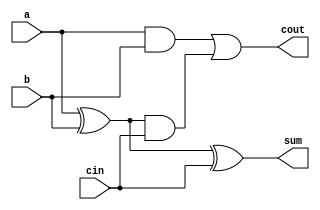
`timescale 1ns / 1ps
//////////////////////////////////////////////////////////////////////////////////
// Company: 
// Engineer: 
// 
// Design Name: 
// Module Name: add_full
// Project Name: 
// Target Devices: 
// Tool Versions: 
// Description: 
// 
// Dependencies: 
// 
// Revision:
// Revision 0.01 - File Created
// Additional Comments:
// 
//////////////////////////////////////////////////////////////////////////////////


module add_full(
    input a,
    input b,
    input cin,
    output sum,
    output cout
    );
    assign sum = a^b^cin;
    assign cout = (a&b) | ((a^b)&cin);
endmodule